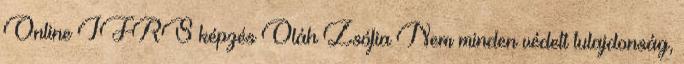
Online IFRS képzés Oláh Zsófia Nem minden védett tulajdonság,